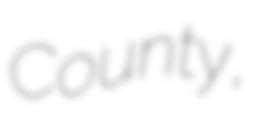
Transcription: County,